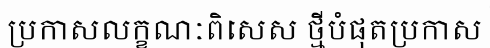
ប្រកាសលក្ខណៈពិសេស ថ្មីបំផុតប្រកាស